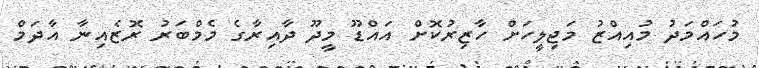
މުހައްމަދު މުއިއްޒު މަޖިލީހަށް ހާޒިރުކޮށް އައްޑޫ މީދޫ ދާއިރާގެ މެމްބަރު ރޮޒެއިނާ އާދަމް